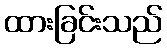
ထားခြင်းသည်